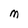
Character: M